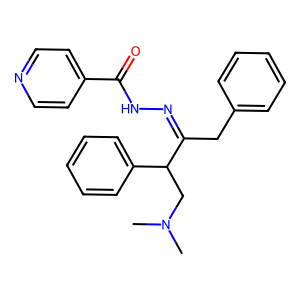
SMILES: CN(C)CC(C(Cc1ccccc1)=NNC(=O)c1ccncc1)c1ccccc1
Inhibits HIV replication: No